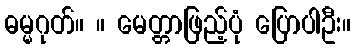
ဓမ္မဂုတ်။ ။ မေတ္တာဖြည့်ပုံ ပြောပါဦး။